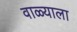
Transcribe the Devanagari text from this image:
वाळ्याला